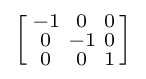
\left[{\begin{smallmatrix}-1&0&0\\0&-1&0\\0&0&1\end{smallmatrix}}\right]